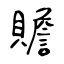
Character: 贍